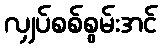
လျှပ်စစ်စွမ်းအင်